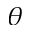
\boldsymbol { \theta }